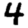
Digit: 4